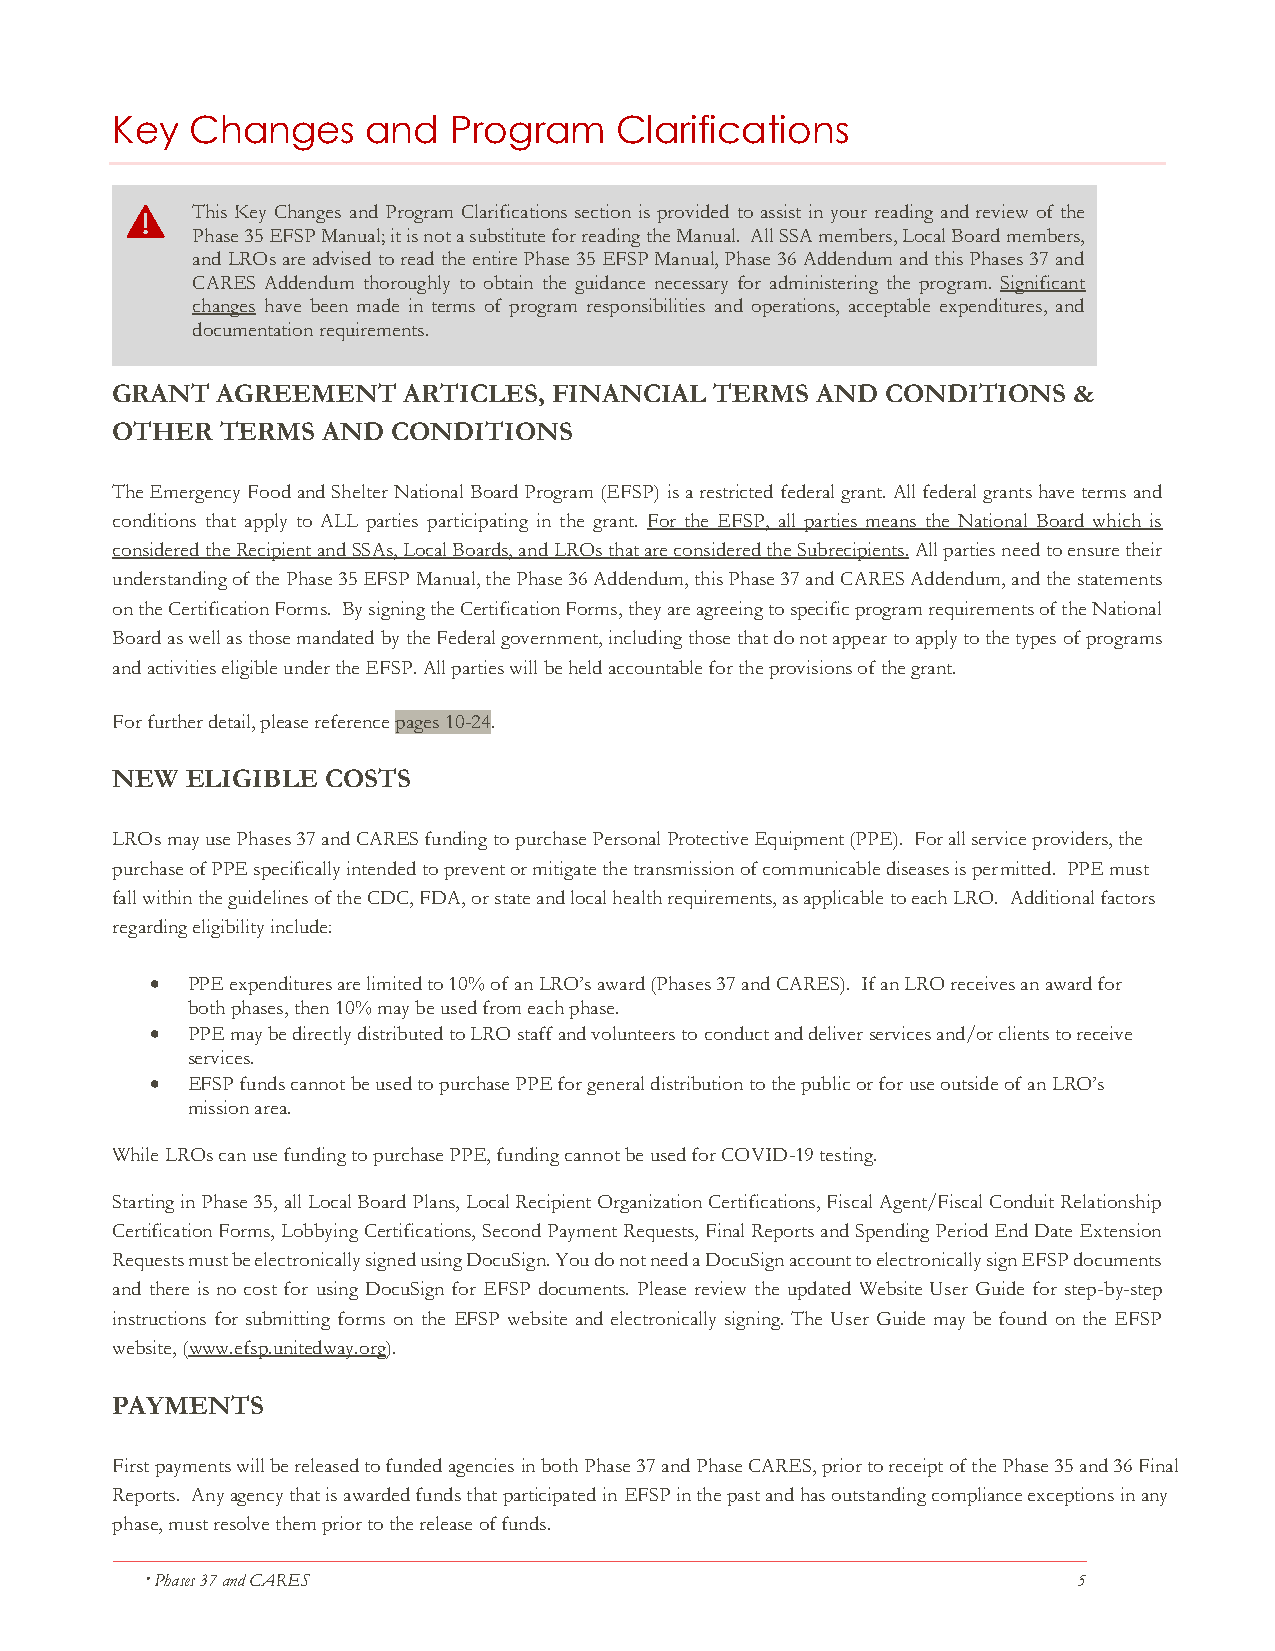
Key   Changes    and   Program    Clarifications
 This Key Changes and Program Clarifications section is provided to assist in your reading and review of the
 Phase 35 EFSP Manual; it is not a substitute for reading the Manual. All SSA members, Local Board members,
 and LROs are advised to read the entire Phase 35 EFSP Manual, Phase 36 Addendum and this Phases 37 and
 CARES Addendum thoroughly to obtain the guidance necessary for administering the program. Significant
 changes have been made in terms of program responsibilities and operations, acceptable expenditures, and
 documentation requirements.
 GRANT  AGREEMENT    ARTICLES, FINANCIAL TERMS  AND  CONDITIONS  &
 OTHER   TERMS AND  CONDITIONS
 The Emergency Food and Shelter National Board Program (EFSP) is a restricted federal grant. All federal grants have terms and
 conditions that apply to ALL parties participating in the grant. For the EFSP, all parties means the National Board which is
 considered the Recipient and SSAs, Local Boards, and LROs that are considered the Subrecipients. All parties need to ensure their
 understanding of the Phase 35 EFSP Manual, the Phase 36 Addendum, this Phase 37 and CARES Addendum, and the statements
 on the Certification Forms. By signing the Certification Forms, they are agreeing to specific program requirements of the National
 Board as well as those mandated by the Federal government, including those that do not appear to apply to the types of programs
 and activities eligible under the EFSP. All parties will be held accountable for the provisions of the grant.
 For further detail, please reference pages 10-24.
 NEW  ELIGIBLE  COSTS
 LROs may use Phases 37 and CARES funding to purchase Personal Protective Equipment (PPE). For all service providers, the
 purchase of PPE specifically intended to prevent or mitigate the transmission of communicable diseases is permitted. PPE must
 fall within the guidelines of the CDC, FDA, or state and local health requirements, as applicable to each LRO. Additional factors
 regarding eligibility include:
 • PPE expenditures are limited to 10% of an LRO’s award (Phases 37 and CARES). If an LRO receives an award for
 both phases, then 10% may be used from each phase.
 • PPE may be directly distributed to LRO staff and volunteers to conduct and deliver services and/or clients to receive
 services.
 • EFSP funds cannot be used to purchase PPE for general distribution to the public or for use outside of an LRO’s
 mission area.
 While LROs can use funding to purchase PPE, funding cannot be used for COVID-19 testing.
 Starting in Phase 35, all Local Board Plans, Local Recipient Organization Certifications, Fiscal Agent/Fiscal Conduit Relationship
 Certification Forms, Lobbying Certifications, Second Payment Requests, Final Reports and Spending Period End Date Extension
 Requests must be electronically signed using DocuSign. You do not need a DocuSign account to electronically sign EFSP documents
 and there is no cost for using DocuSign for EFSP documents. Please review the updated Website User Guide for step-by-step
 instructions for submitting forms on the EFSP website and electronically signing. The User Guide may be found on the EFSP
 website, (www.efsp.unitedway.org).
 PAYMENTS
 First payments will be released to funded agencies in both Phase 37 and Phase CARES, prior to receipt of the Phase 35 and 36 Final
 Reports. Any agency that is awarded funds that participated in EFSP in the past and has outstanding compliance exceptions in any
 phase, must resolve them prior to the release of funds.
  Phases 37 and CARES                                         5